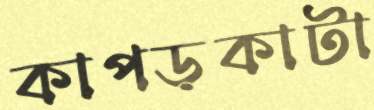
কাপড়কাটা